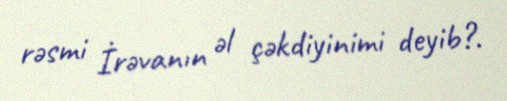
rəsmi İrəvanın əl çəkdiyinimi deyib?.